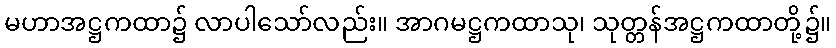
မဟာအဋ္ဌကထာ၌ လာပါသော်လည်း။ အာဂမဋ္ဌကထာသု၊ သုတ္တန်အဋ္ဌကထာတို့၌။